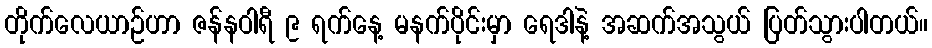
တိုက်လေယာဉ်ဟာ ဇန်နဝါရီ ၉ ရက်နေ့ မနက်ပိုင်းမှာ ရေဒါနဲ့ အဆက်အသွယ် ပြတ်သွားပါတယ်။